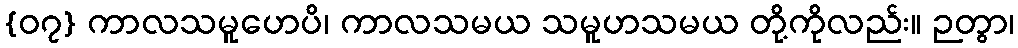
{၀၇} ကာလသမူဟေပိ၊ ကာလသမယ သမူဟသမယ တို့ကိုလည်း။ ဉတွာ၊